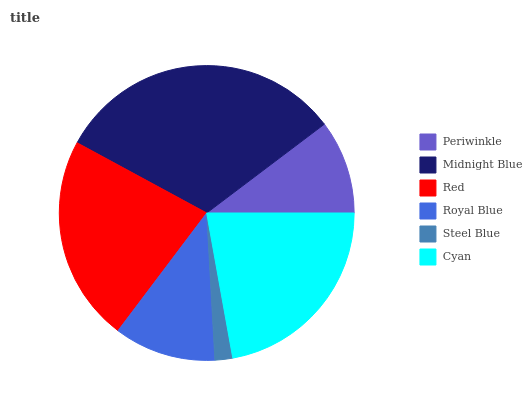
| Periwinkle | Midnight Blue | Red | Royal Blue | Steel Blue | Cyan |
 | --- | --- | --- | --- | --- | --- |
 | 10.3% | 31.8% | 22.6% | 11.2% | 1.94% | 22.1% |